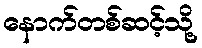
နောက်တစ်ဆင့်သို့